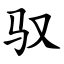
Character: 驭